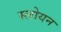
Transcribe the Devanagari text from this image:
स्लोयन